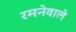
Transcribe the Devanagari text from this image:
रमनेवाले